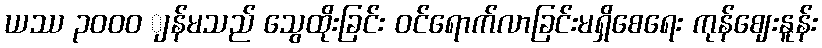
ယဿ ၃၀၀ဝ ျန်မသည် သွေထိုးခြင်း ဝင်ရောက်လာခြင်းမရှိစေရေး ကုန်ဈေးနူန်း